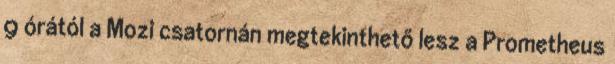
9 órától a Mozi csatornán megtekinthető lesz a Prometheus